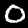
Label: 0